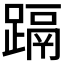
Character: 𮜁